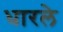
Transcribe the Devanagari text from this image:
धारले